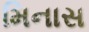
મિનાસ